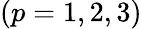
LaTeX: (p=1,2,3)